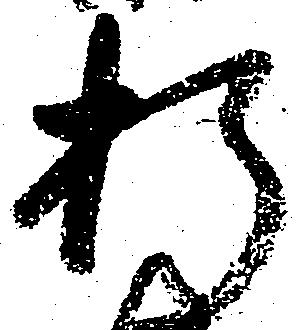
折